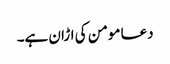
دعا مومن کی اڑان ہے۔